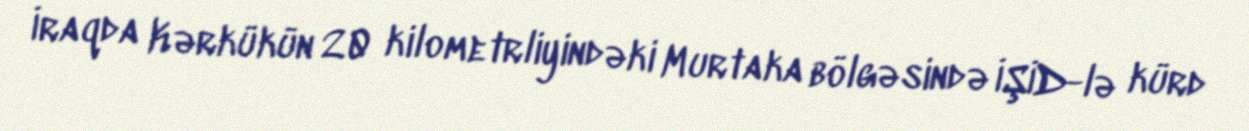
İraqda Kərkükün 20 kilometrliyindəki Murtaka bölgəsində İŞİD-lə kürd